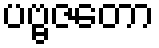
ပဗ္ဗဇတော